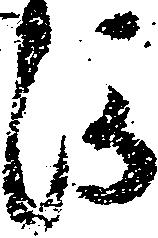
河